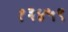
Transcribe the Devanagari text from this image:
१३४५९